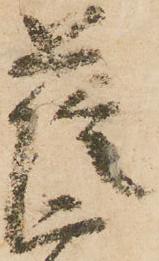
薩